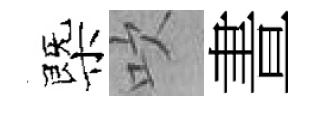
㮣吹晝